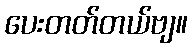
ပေးတတ်တယ်ဗျ။